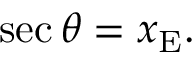
\quad \sec \theta = x _ { \mathrm { E } } .